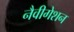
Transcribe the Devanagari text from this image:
नैवीगेशन